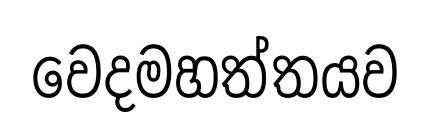
වෙදමහත්තයව